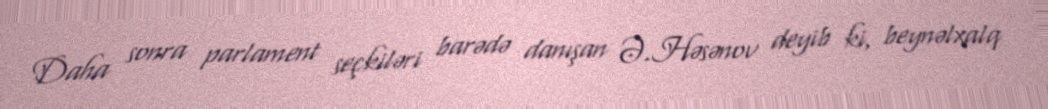
Daha sonra parlament seçkiləri barədə danışan Ə.Həsənov deyib ki, beynəlxalq